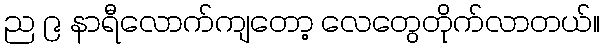
ည ၉ နာရီလောက်ကျတော့ လေတွေတိုက်လာတယ်။